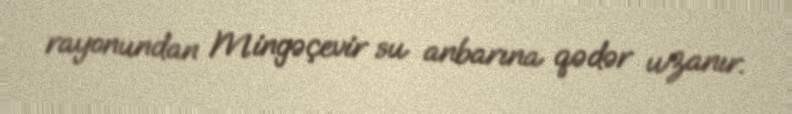
rayonundan Mingəçevir su anbarına qədər uzanır.